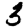
Digit: 3